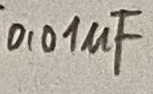
Text: 0,01µF